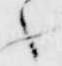
々